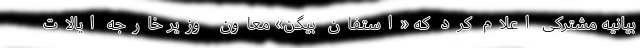
بیانیه مشترکی اعلام کرد که «استفان بیگن» معاون وزیر خارجه ایالات